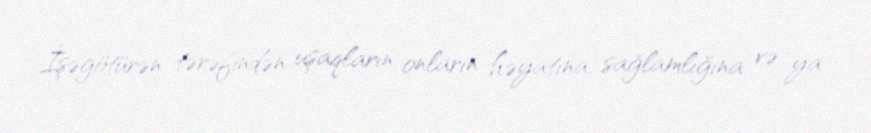
İşəgötürən tərəfindən uşaqların onların həyatına, sağlamlığına və ya